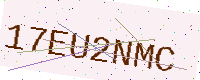
Text: 17EU2NMC